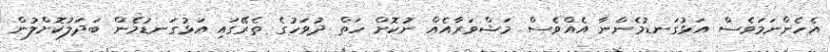
އެހެންނަމަވެސް އަޅުގަނޑުމެންނާ އެއްވެސް މަޝްވަރާއެއް ނުކޮށް ހަތް ދުވަހުގެ ތެރޭގައި އަޅުގަނޑުމެން ބަދަލުކޮށްލުން